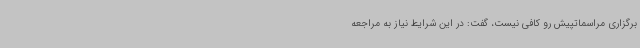
برگزاری مراسماتپیش رو کافی نیست، گفت: در این شرایط نیاز به مراجعه